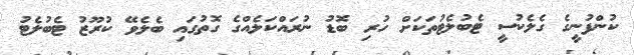
ކުންފުނީގެ ގެލެކުސީ ޓެބުލެޓުތަކަށް ހުރި ބޮޑު ނުރައްކަލެއްގެ ގޮތުގައި ބެލެވޭ ކުރޫޒު ޓެބުލެޓު